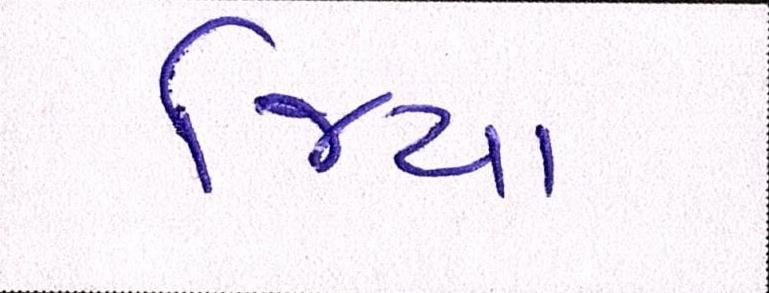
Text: જિયા